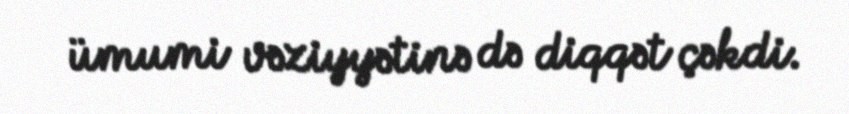
ümumi vəziyyətinə də diqqət çəkdi.